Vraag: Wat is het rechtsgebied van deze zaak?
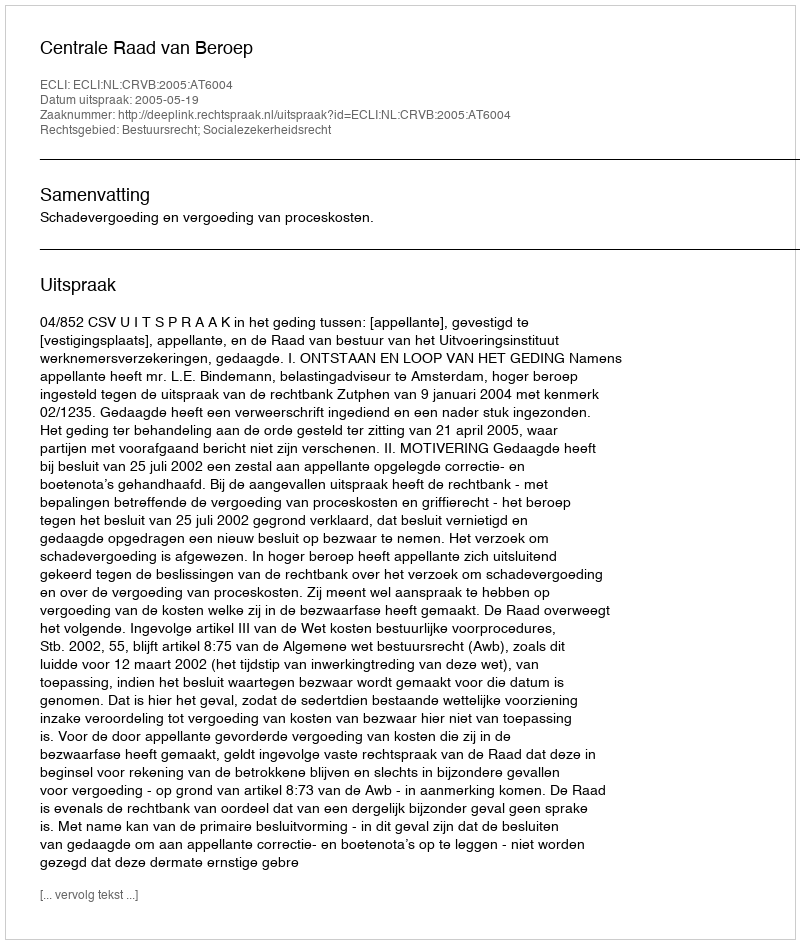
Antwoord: Bestuursrecht; Socialezekerheidsrecht